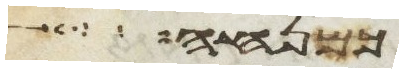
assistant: כמנחה